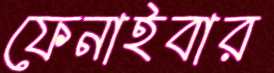
ফেনাইবার